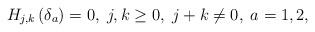
LaTeX: \begin{align*}H_{j,k}\left( \delta _{a}\right) =0,\;j,k\geq 0,\;j+k\neq 0,\;a=1,2,\end{align*}